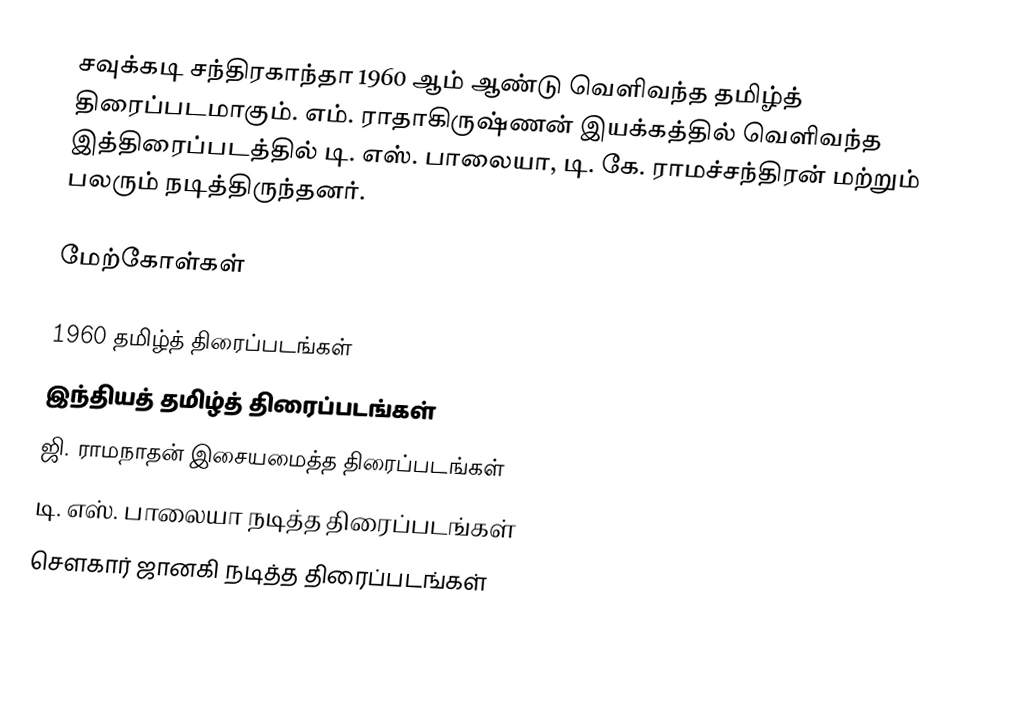
சவுக்கடி சந்திரகாந்தா 1960 ஆம் ஆண்டு வெளிவந்த தமிழ்த் திரைப்படமாகும். எம். ராதாகிருஷ்ணன் இயக்கத்தில் வெளிவந்த இத்திரைப்படத்தில் டி. எஸ். பாலையா, டி. கே. ராமச்சந்திரன் மற்றும் பலரும் நடித்திருந்தனர்.

மேற்கோள்கள்

1960 தமிழ்த் திரைப்படங்கள்
இந்தியத் தமிழ்த் திரைப்படங்கள்
ஜி. ராமநாதன் இசையமைத்த திரைப்படங்கள்
டி. எஸ். பாலையா நடித்த திரைப்படங்கள்
சௌகார் ஜானகி நடித்த திரைப்படங்கள்